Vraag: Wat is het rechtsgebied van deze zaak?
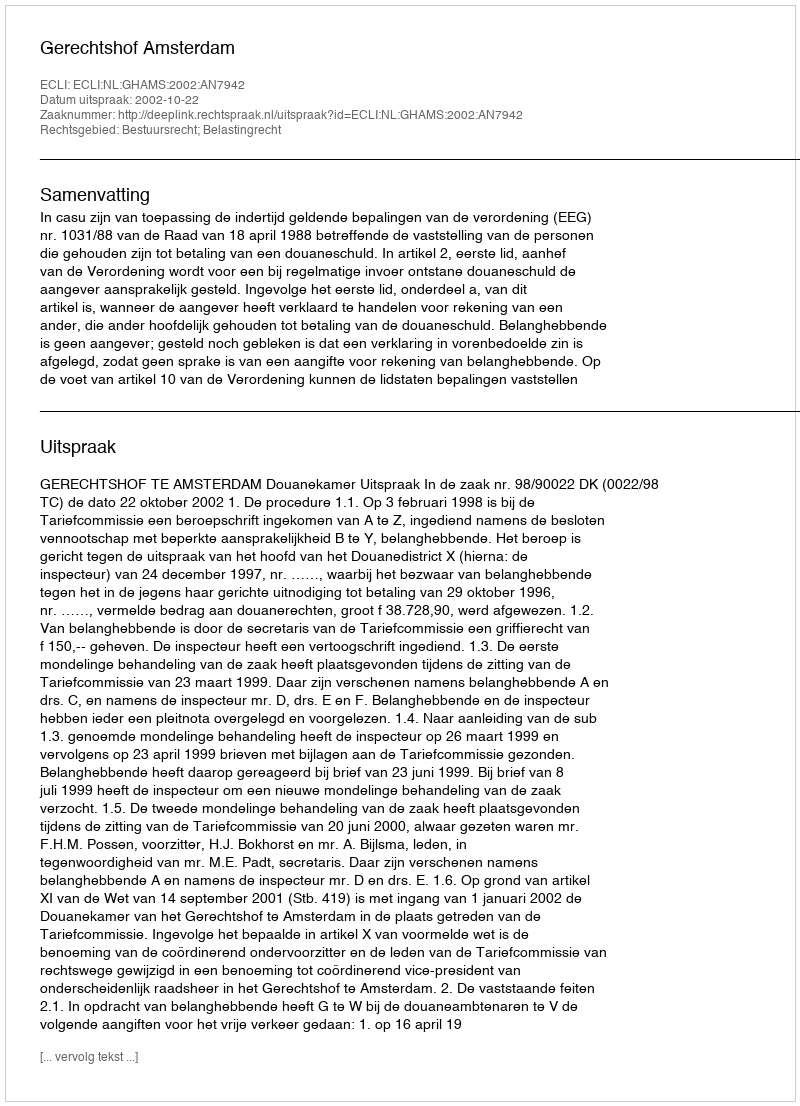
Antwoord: Bestuursrecht; Belastingrecht